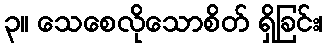
၃။ သေစေလိုသောစိတ် ရှိခြင်း၊